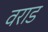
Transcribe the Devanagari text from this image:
वराड